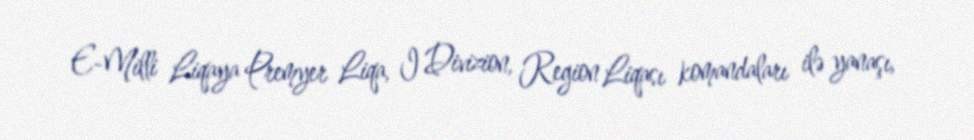
E-Milli Liqaya Premyer Liqa, I Divizion, Region Liqası komandaları ilə yanaşı,